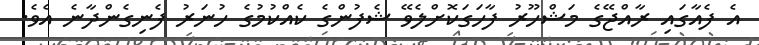
އެ ފެއާގައި ރާއްޖޭގެ މަޝްހޫރު ފާހަގަކޮށްލެވޭ ޝެފުންގެ ކެއްކުމުގެ ހުނަރު ފެނިގެންދާނެ އެވެ.